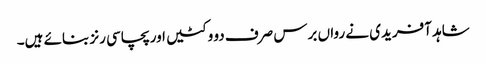
شاہد آفریدی نے رواں برس صرف دو وکٹیں اور پچاسی رنز بنائے ہیں۔